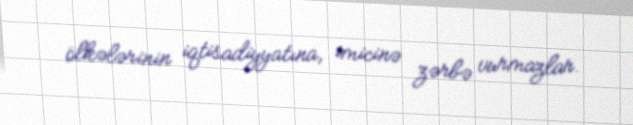
ölkələrinin iqtisadiyyatına, imicinə zərbə vurmazlar.